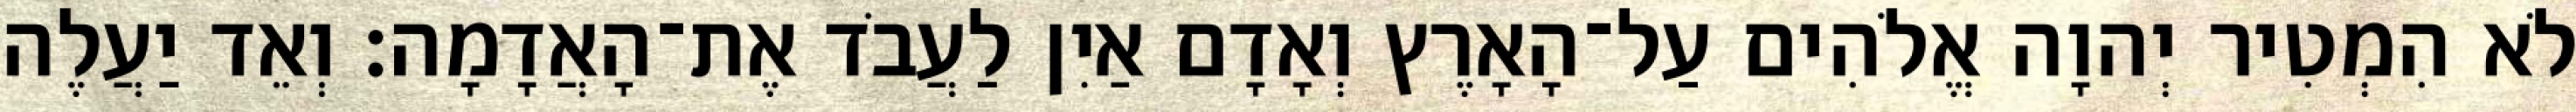
לֹא הִמְטִיר יְהוָה אֱלֹהִים עַל־הָאָרֶץ וְאָדָם אַיִן לַעֲבֹד אֶת־הָאֲדָמָה׃ וְאֵד יַעֲלֶה